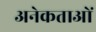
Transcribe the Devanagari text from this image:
अनेकताओं